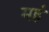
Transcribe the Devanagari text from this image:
महं